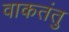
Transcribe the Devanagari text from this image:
वाकतंतु